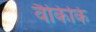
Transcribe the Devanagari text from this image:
वैकिकि